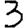
Digit: 3